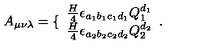
A _ { \mu \nu \lambda } = \{ \begin{array} { l } { \frac { H } { 4 } \epsilon _ { a _ { 1 } b _ { 1 } c _ { 1 } d _ { 1 } } Q _ { 1 } ^ { d _ { 1 } } } \\ { \frac { H } { 4 } \epsilon _ { a _ { 2 } b _ { 2 } c _ { 2 } d _ { 2 } } Q _ { 2 } ^ { d _ { 2 } } } \\ \end{array} .